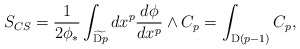
\begin{align*}S_{CS}=\frac{1}{2\phi_*}\int_{\widetilde{\mathrm{D}p}}dx^p\frac{d\phi}{dx^p}\wedge C_p=\int_{\mathrm{D}(p-1)}C_p,\end{align*}